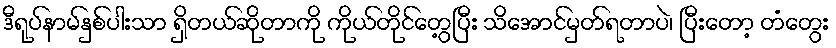
ဒီရုပ်နာမ်နှစ်ပါးသာ ရှိတယ်ဆိုတာကို ကိုယ်တိုင်တွေ့ပြီး သိအောင်မှတ်ရတာပဲ၊ ပြီးတော့ တံတွေး